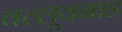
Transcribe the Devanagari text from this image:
वल्लूवनाड